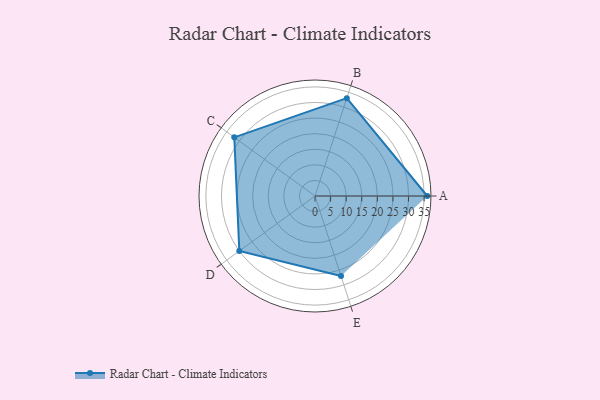
{"axis": {"x": "Skill", "y": "Score"}, "legend": ["Profile"], "data": [{"x": "A", "y": 36.0, "type": "Profile"}, {"x": "B", "y": 33.0, "type": "Profile"}, {"x": "C", "y": 32.0, "type": "Profile"}, {"x": "D", "y": 30.0, "type": "Profile"}, {"x": "E", "y": 27.0, "type": "Profile"}]}